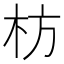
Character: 枋